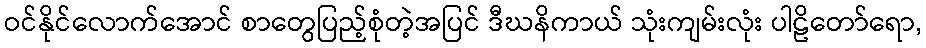
ဝင်နိုင်လောက်အောင် စာတွေပြည့်စုံတဲ့အပြင် ဒီဃနိကာယ် သုံးကျမ်းလုံး ပါဠိတော်ရော,